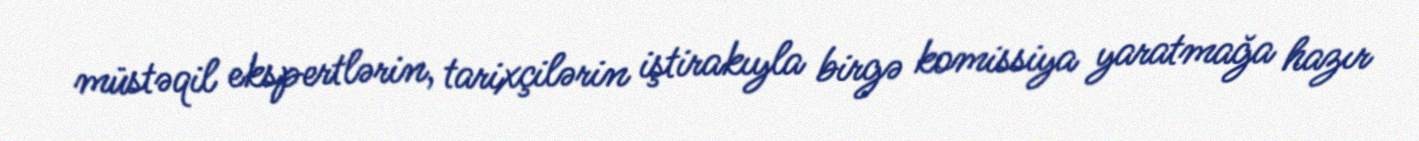
müstəqil ekspertlərin, tarixçilərin iştirakıyla birgə komissiya yaratmağa hazır